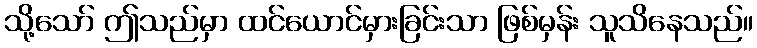
သို့သော် ဤသည်မှာ ထင်ယောင်မှားခြင်းသာ ဖြစ်မှန်း သူသိနေသည်။